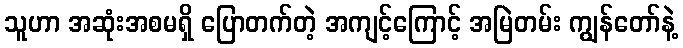
သူဟာ အဆုံးအစမရှိ ပြောတက်တဲ့ အကျင့်ကြောင့် အမြဲတမ်း ကျွန်တော်နဲ့